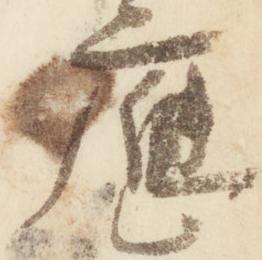
応